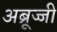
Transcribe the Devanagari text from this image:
अब्रूज्जी